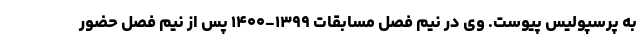
به پرسپولیس پیوست. وی در نیم فصل مسابقات ۱۳۹۹-۱۴۰۰ پس از نیم فصل حضور